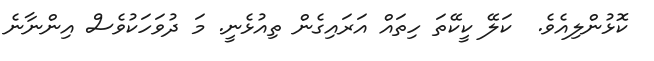
ކޮޅުންލިއެވެ.  ކަލޭ ކީކޭތަ ހިތައް އަރައިގެން ތިއުޅެނީ. މަ ދުވަހަކުވެސް އިންނާނެ